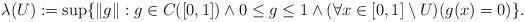
LaTeX: \begin{align*}\lambda(U):=\sup\{\|g\|: g\in C([0,1]) \wedge 0\leq g\leq1 \wedge (\forall x\in [0,1]\setminus U)(g(x)=0) \}.\end{align*}